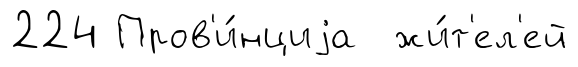
224 Пров'и́нциjа жи́т'ел'ей